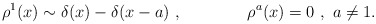
\begin{align*}\rho^1 (x)\sim \delta(x)- \delta(x-a)\ ,\qquad\qquad\rho^a (x)=0\ , \ a\neq 1.\end{align*}